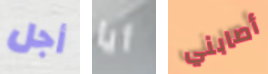
أجل أيا أصابني